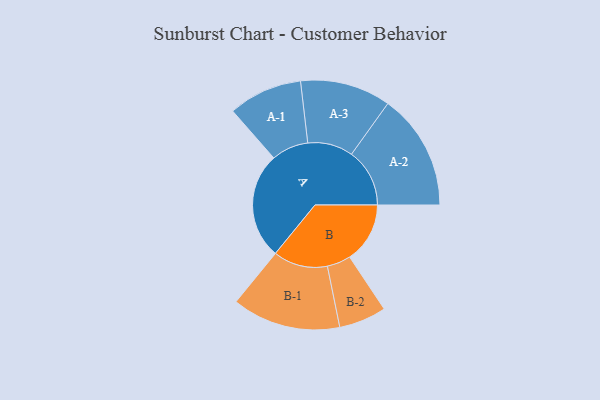
{"axis": {"x": "Segment", "y": "Value"}, "legend": ["", "A", "B"], "data": [{"x": "A", "y": 498, "type": ""}, {"x": "B", "y": 282, "type": ""}, {"x": "A-1", "y": 173, "type": "A"}, {"x": "A-2", "y": 272, "type": "A"}, {"x": "A-3", "y": 212, "type": "A"}, {"x": "B-1", "y": 254, "type": "B"}, {"x": "B-2", "y": 111, "type": "B"}]}